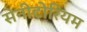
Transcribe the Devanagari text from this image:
सेनीटोरियम